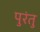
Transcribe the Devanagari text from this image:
पुरंतु